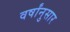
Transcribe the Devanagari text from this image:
वर्षांनुसार